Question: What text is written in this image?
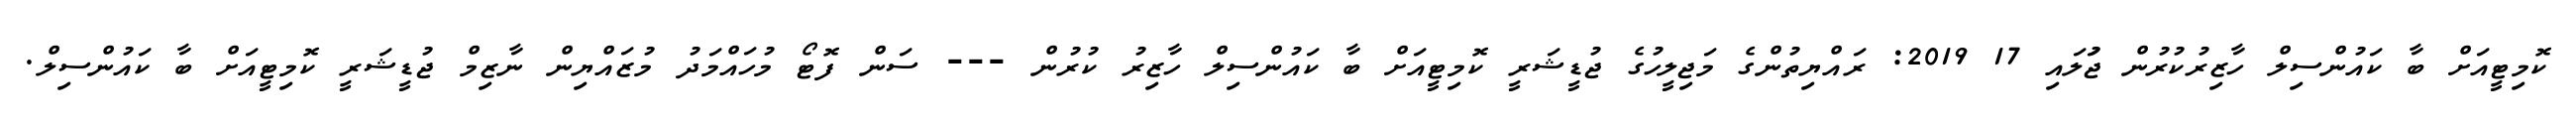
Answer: ކޮމިޓީއަށް ބާ ކައުންސިލް ހާޒިރުކުރުން ޖުަލައި 17 2019: ރައްޔިތުންގެ މަޖިލީހުގެ ޖުޑީޝަރީ ކޮމިޓީއަށް ބާ ކައުންސިލް ހާޒިރު ކުރުން --- ސަން ފޮޓޯ މުހައްމަދު މުޒައްޔިން ނާޒިމް ޖުޑީޝަރީ ކޮމިޓީއަށް ބާ ކައުންސިލް.